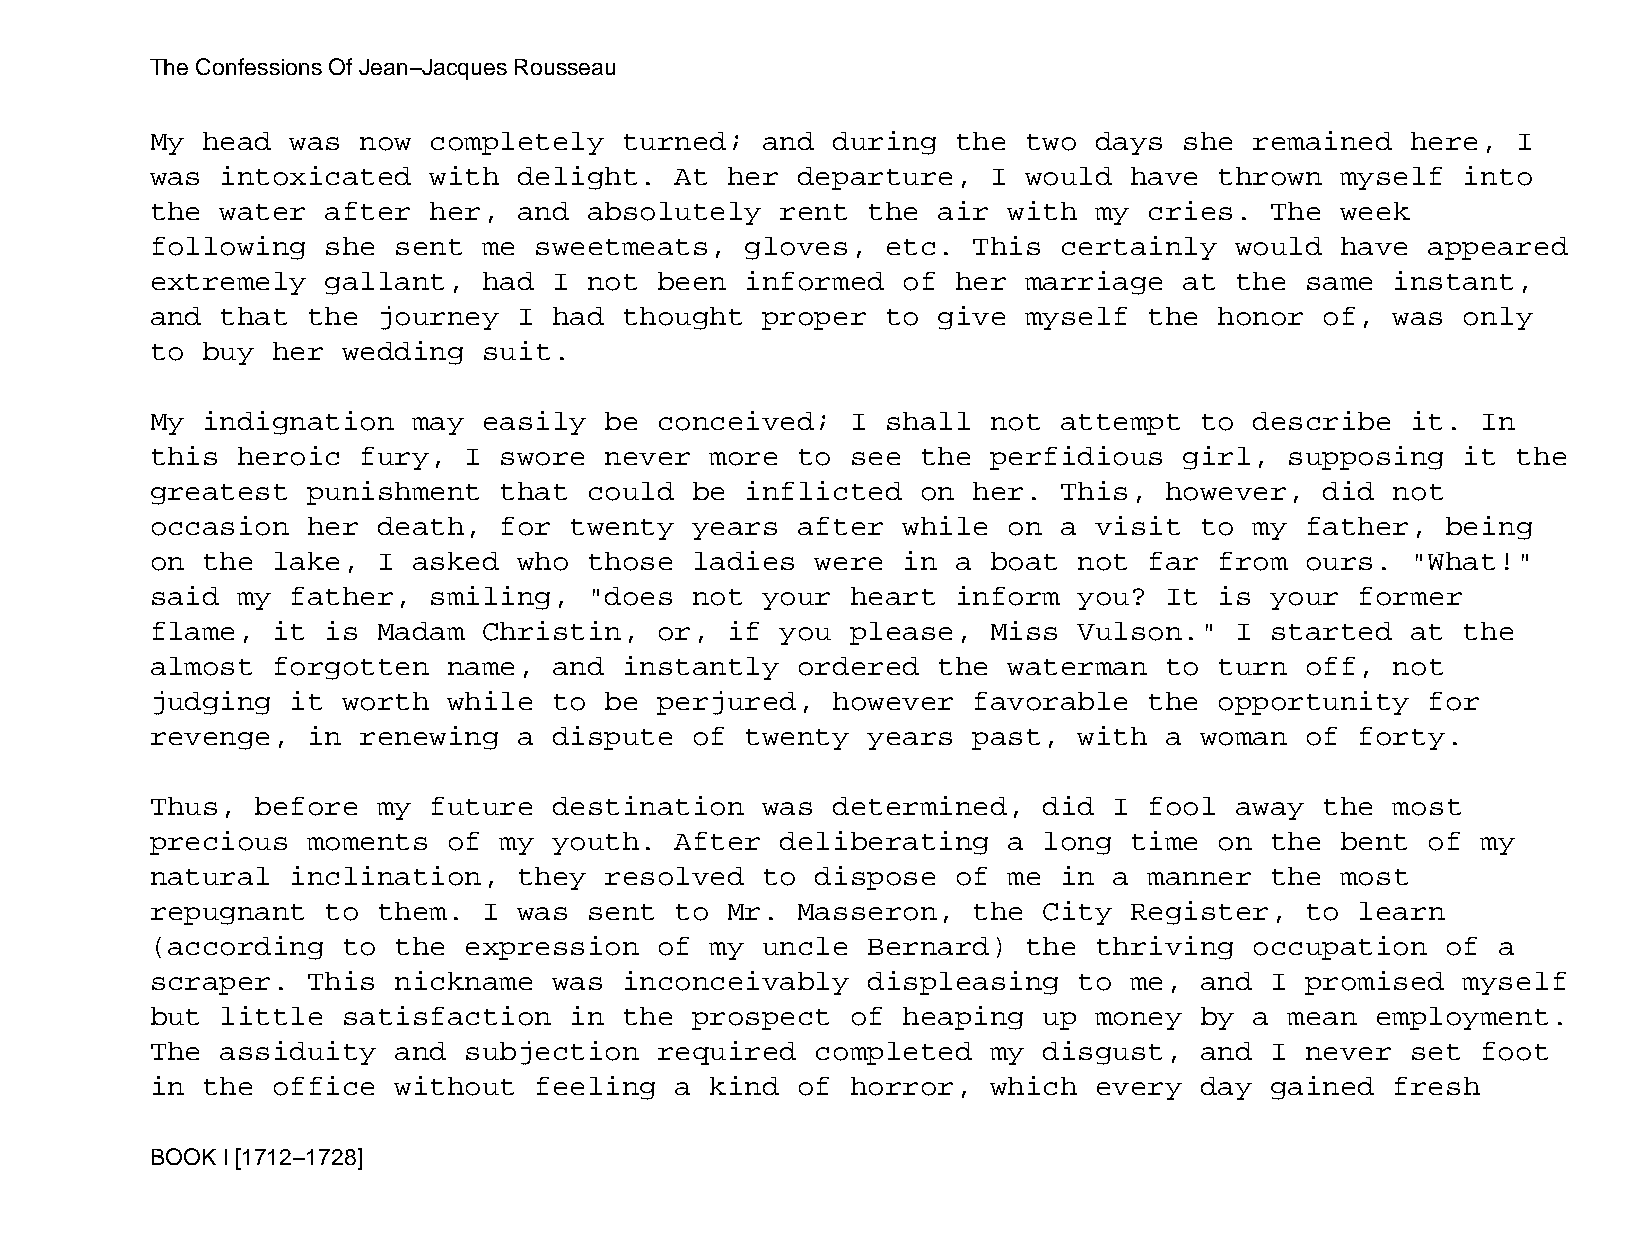
The Confessions Of Jean−Jacques Rousseau
 My head  was  now completely   turned;  and  during  the  two days  she  remained  here,  I
 was  intoxicated  with  delight.   At her  departure,   I would  have  thrown  myself  into
 the  water  after her,  and  absolutely   rent the  air  with my  cries.  The  week
 following   she sent  me sweetmeats,   gloves,   etc. This  certainly   would  have  appeared
 extremely   gallant,  had  I not  been informed   of her  marriage  at  the same  instant,
 and  that the  journey  I  had thought  proper   to give  myself  the  honor  of, was  only
 to buy  her  wedding  suit.
 My indignation   may  easily  be  conceived;  I  shall  not attempt  to  describe  it.  In
 this  heroic  fury,  I swore  never  more  to see  the  perfidious  girl,  supposing   it the
 greatest  punishment   that  could  be inflicted   on her.  This,  however,   did not
 occasion  her  death,  for  twenty  years  after  while  on a visit  to  my father,   being
 on the  lake,  I asked  who  those  ladies  were  in a  boat not  far  from ours.  "What!"
 said  my father,  smiling,   "does  not your  heart  inform  you?  It  is your  former
 flame,  it  is Madam  Christin,   or, if  you please,   Miss Vulson."   I started  at  the
 almost  forgotten   name,  and instantly   ordered  the  waterman  to  turn off,  not
 judging  it  worth  while  to be  perjured,  however  favorable   the  opportunity   for
 revenge,  in  renewing  a  dispute  of twenty  years  past,  with  a woman  of  forty.
 Thus,  before  my future   destination  was  determined,   did  I fool  away  the most
 precious  moments   of my  youth.  After  deliberating   a long  time  on the  bent  of my
 natural  inclination,   they  resolved  to  dispose  of  me in  a manner  the  most
 repugnant   to them.  I was  sent  to Mr.  Masseron,  the  City  Register,  to  learn
 (according   to the  expression   of my uncle  Bernard)   the thriving   occupation   of a
 scraper.  This  nickname   was inconceivably   displeasing   to  me, and  I promised   myself
 but  little  satisfaction   in the  prospect  of  heaping  up money  by  a mean  employment.
 The  assiduity  and  subjection   required  completed   my disgust,  and  I never  set  foot
 in the  office  without  feeling   a kind  of horror,   which every  day  gained  fresh
 BOOK I [1712−1728]